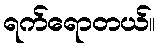
ရက်ရောတယ်။